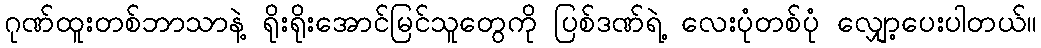
ဂုဏ်ထူးတစ်ဘာသာနဲ့ ရိုးရိုးအောင်မြင်သူတွေကို ပြစ်ဒဏ်ရဲ့ လေးပုံတစ်ပုံ လျှော့ပေးပါတယ်။